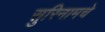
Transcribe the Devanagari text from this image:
सुरिनामचे